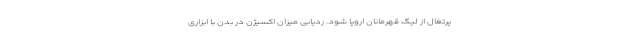
پرتغال از لیگ قهرمانان اروپا شود. ردیابی میزان اکسیژن در بدن با ابزاری